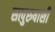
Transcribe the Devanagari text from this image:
सत्पुरुषाशी